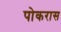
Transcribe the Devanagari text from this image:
पोकरास